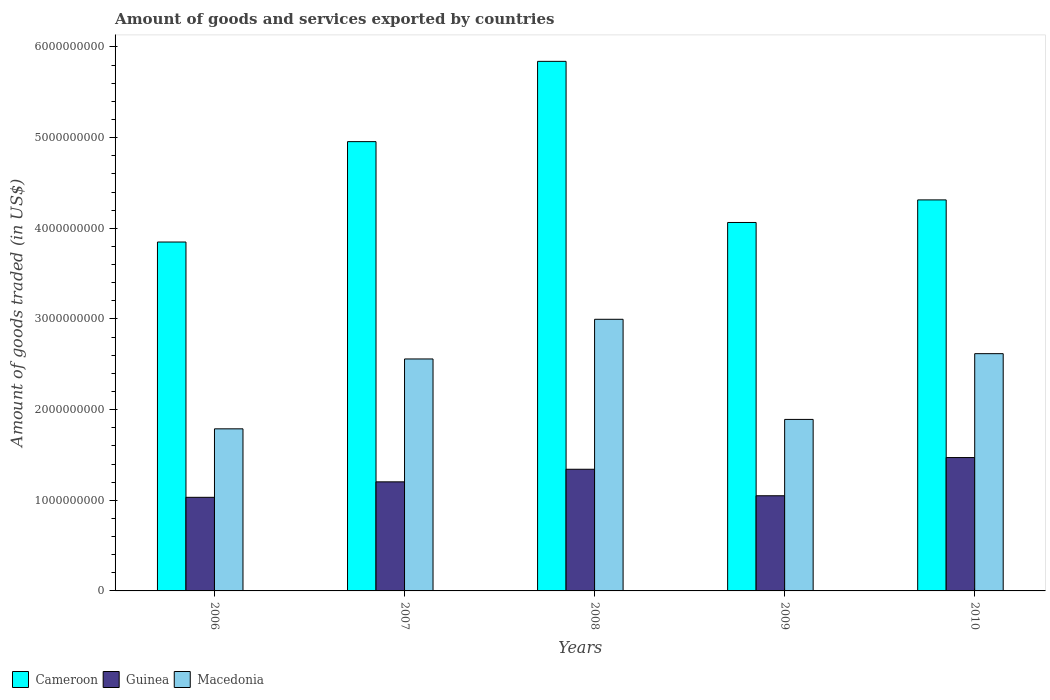
| Years | Cameroon | Guinea | Macedonia |
 | --- | --- | --- | --- |
 | 2006 | 3.85e+09 | 1.03e+09 | 1.79e+09 |
 | 2007 | 4.96e+09 | 1.2e+09 | 2.56e+09 |
 | 2008 | 5.84e+09 | 1.34e+09 | 3e+09 |
 | 2009 | 4.06e+09 | 1.05e+09 | 1.89e+09 |
 | 2010 | 4.31e+09 | 1.47e+09 | 2.62e+09 |